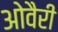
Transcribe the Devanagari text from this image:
ओवैरी